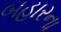
બહારના